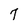
Character: 7